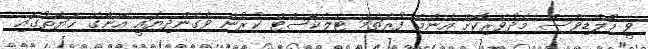
ވީ މޯލްޑިވްސް މެދުވެރިކޮށް އެންމެ ފުރަތަމަ ޓެލެކާސްޓް ކުރުން ވެގެންދިޔައީ އޭނާގެ ޙަޔާތުގައި